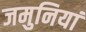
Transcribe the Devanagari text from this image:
जमुनियां